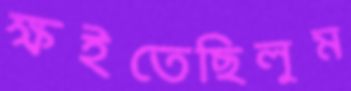
ক্ষইতেছিলুম